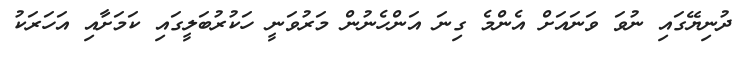
ދުނިޔޭގައި ނުވަ ވަނައަށް އެންމެ ގިނަ އަންހެނުން މަރުވަނީ ހަކުރުބަލީގައި ކަމަށާއި އަހަރަކު